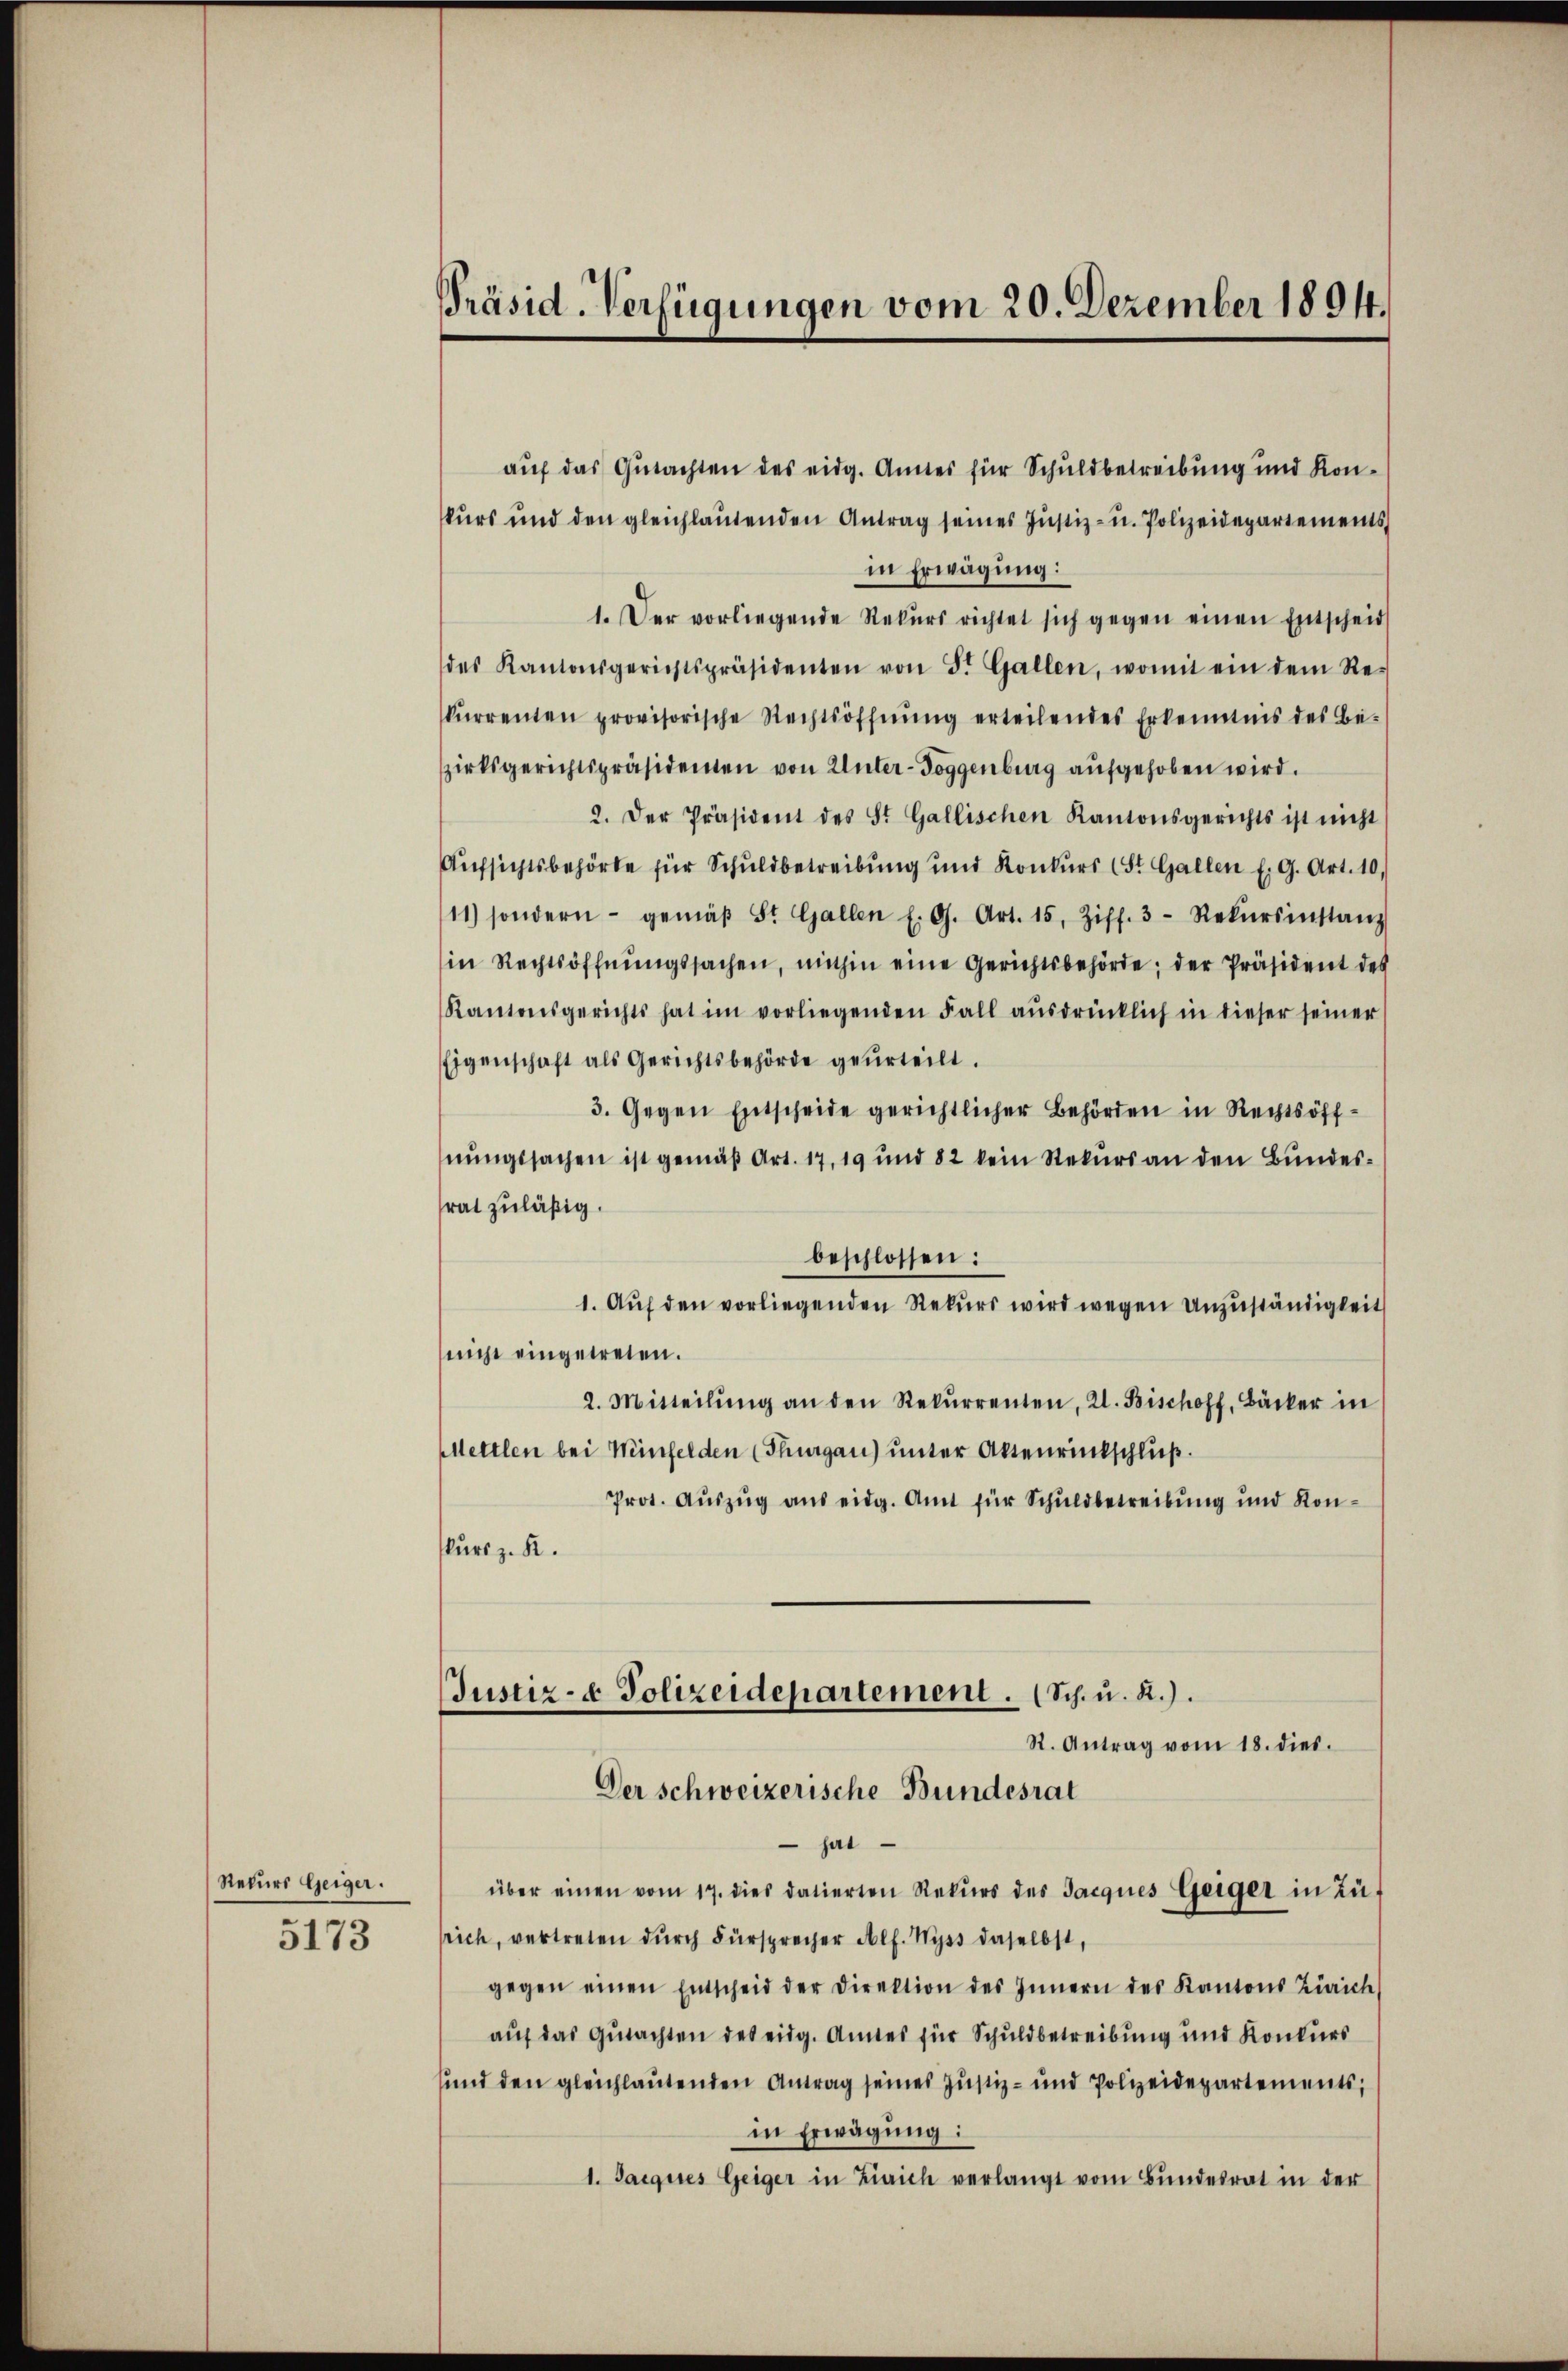
Rekurs Geiger.

5173

Präsid. Verfügungen vom 20. Dezember 1894.

auf das Gutachten des eidg. Amnes für Schuldbetreibung und Konkŭrs und den gleichlaŭtenden Antrag seines Jŭstiz- u. Polizeidepartements
in Erwägung:
1. Der vorliegende Rekŭrs richtet sich gegen einen Entscheid
des Kantonsgerichtspräsidenten von St. Gallen, womit ein dem Re-
kŭrrenten provisorische Rechtsöffnŭng erteilendes Erkenntnis des Be-
zirksgerichtspräsidenten von Unter-Toggenburg aufgehoben wird.
2. Der Präsident des St. Gallischen Kantonsgerichts ist nicht
Aufsichtsbehörde für Schuldbetreibung und Konkurs (St. Gallen E. G. Art. 10.
11) sondern gemäβ St. Gallen f. G. Art. 15, Ziff. 3 Rekŭrsinstanz
in Rechtsöffnŭngssachen, mithin eine Gerichtsbehörde; der Präsident des
Kantonsgerichts hat im vorliegenden Fall aŭsdrücklich in dieser seiner
Eigenschaft als Gerichtsbehörde geurteilt.
3. Gegen Entscheide gerichtlicher Behörden in Rechtsöffnungssachen ist gemäß Art. 17, 19 und 82 kein Rekurs an den Bundesrat zuläßig.
beschlossen:
1. Aŭf den vorliegenden Rekurs wird wegen Unzuständigkeit
(nicht eingetreten.
2. Mitteilŭng an den Rekŭrrenten, 2. Bischoff, Bäcker in
Mettlen bei Meinfelden (Thurgau) unter Aktenrinkschluß.
Prot. Auszug aus eidg. Amt für Schuldbetreibung und Kon-
skurs z. B.
Justiz- & Polizeidepartement. (Sch. u. R.).
R. Antrag vom 18. dies.
Der schweizerische Bundesrat
 hat
über einen vom 17. dies datierten Rekŭrs des Jacques Geiger in Zu-
rich, vertreten dŭrch Fürsprecher Alf. Wyss daselbst,
gegen einen Entscheid der Direktion des Innern des Kantons Zürich
auf das Gutachten des eidg. Amtes für Schuldbetreibung und Konkurs
sund den gleichlautenden Antrag seines Justiz- und Polizeidepartements;
in Erwägung:
1. Jacques Geiger in Zürich verlangt vom Bŭndesrat in der